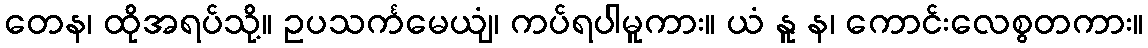
တေန၊ ထိုအရပ်သို့။ ဥပသင်္ကမေယျံ၊ ကပ်ရပါမူကား။ ယံ နူ န၊ ကောင်းလေစွတကား။